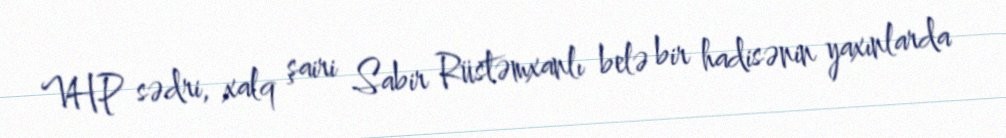
VHP sədri, xalq şairi Sabir Rüstəmxanlı belə bir hadisənin yaxınlarda